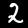
Label: 2